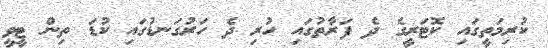
ކުރިމަތީގައި ކޮޓަރީގެ ދެ ފަރާތުގައި ހުރި ދެ ހަރުގަނޑުގައި ކުޑަ ތިން ޓީވީ